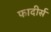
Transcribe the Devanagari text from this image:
फादीर्स